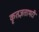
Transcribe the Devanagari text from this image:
कृतज्ञताभरी